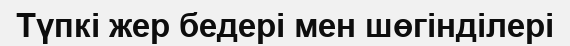
Түпкі жер бедері мен шөгінділері